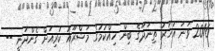
2016 ވަަނަ އަހަރު ތިނަދޫގެ ބިން ހިއްކުމުގެ މަޝްރޫއު ކުރިއަށް ގެންދަނީ --